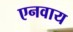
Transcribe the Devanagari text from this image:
एनवाय